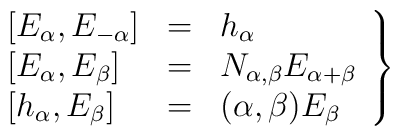
\left.\begin{array}{lcl}\left[ E_\alpha , E_{- \alpha} \right]           & = & h_\alpha \\\left[ E_\alpha , E_\beta \right] & = & N_{\alpha , \beta}                        E_{\alpha + \beta} \\\left[ h_\alpha , E_\beta \right] & = & (\alpha , \beta ) E_\beta\end{array} \right\}